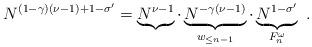
LaTeX: \begin{align*}N^{(1-\gamma) (\nu-1)+1-\sigma^\prime}= \underbrace{N^{\nu-1}}_{} \cdot \underbrace{N^{-\gamma(\nu-1)}}_{w_{\leq n-1}}\cdot \underbrace{N^{1-\sigma^\prime}}_{F_n^\omega}~.\end{align*}